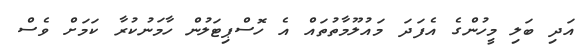
އަދި ބަލި މީހުންގެ އެފަދަ މައުލޫމާތުތައް އެ ހޮސްޕިޓަލުން ހާމަނުކުރާ ކަމަށް ވެސް